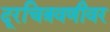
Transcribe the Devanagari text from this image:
दूरचित्रवणीवर